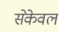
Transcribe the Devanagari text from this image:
सेकेवल